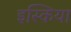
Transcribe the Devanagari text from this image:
इस्किया